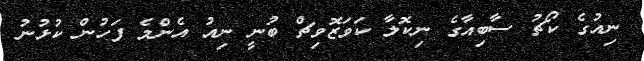
ނިއުގެ ކޯޗު ސާބިއާގެ ނިކޮލާ ކަވަޒޮވިޗް ބުނީ ނިއު އެންމެ ފަހުން ކުޅުނު